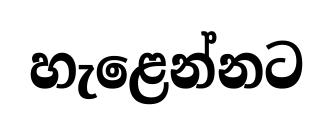
හැළෙන්නට